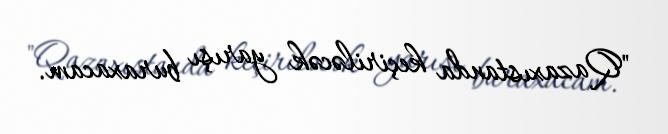
"Qazaxıstanda keçiriləcək yarışı buraxacam.